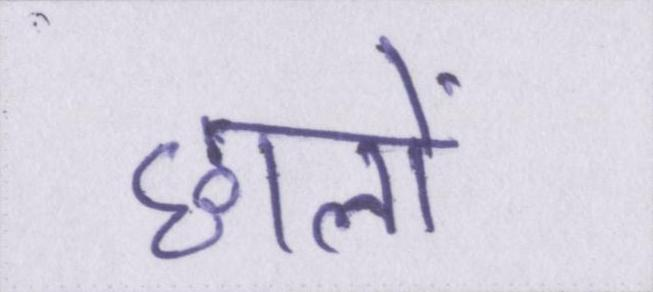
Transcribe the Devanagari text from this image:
छालों